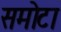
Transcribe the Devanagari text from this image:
समोटा